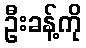
ဦးခန့်ကို